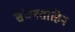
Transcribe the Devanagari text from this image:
संघनताहिन